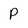
Character: P